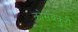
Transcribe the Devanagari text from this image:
कोसंबकुटी